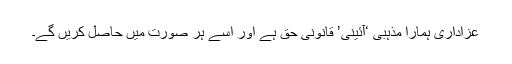
عزاداری ہمارا مذہبی ‘آئینی’ قانونی حق ہے اور اسے ہر صورت میں حاصل کریں گے۔